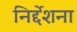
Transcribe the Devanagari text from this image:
निर्द्देशना